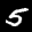
Label: 5